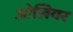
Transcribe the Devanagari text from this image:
ओलियर